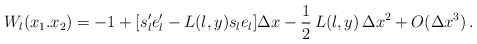
\begin{align*} W_l(x_1. x_2)=-1+[s_l^{\prime}e_l^{\prime}-L(l, y)s_le_l]\Delta x-\frac{1}{2}\,L(l, y)\,\Delta x^2 +O(\Delta x^3)\,.\end{align*}